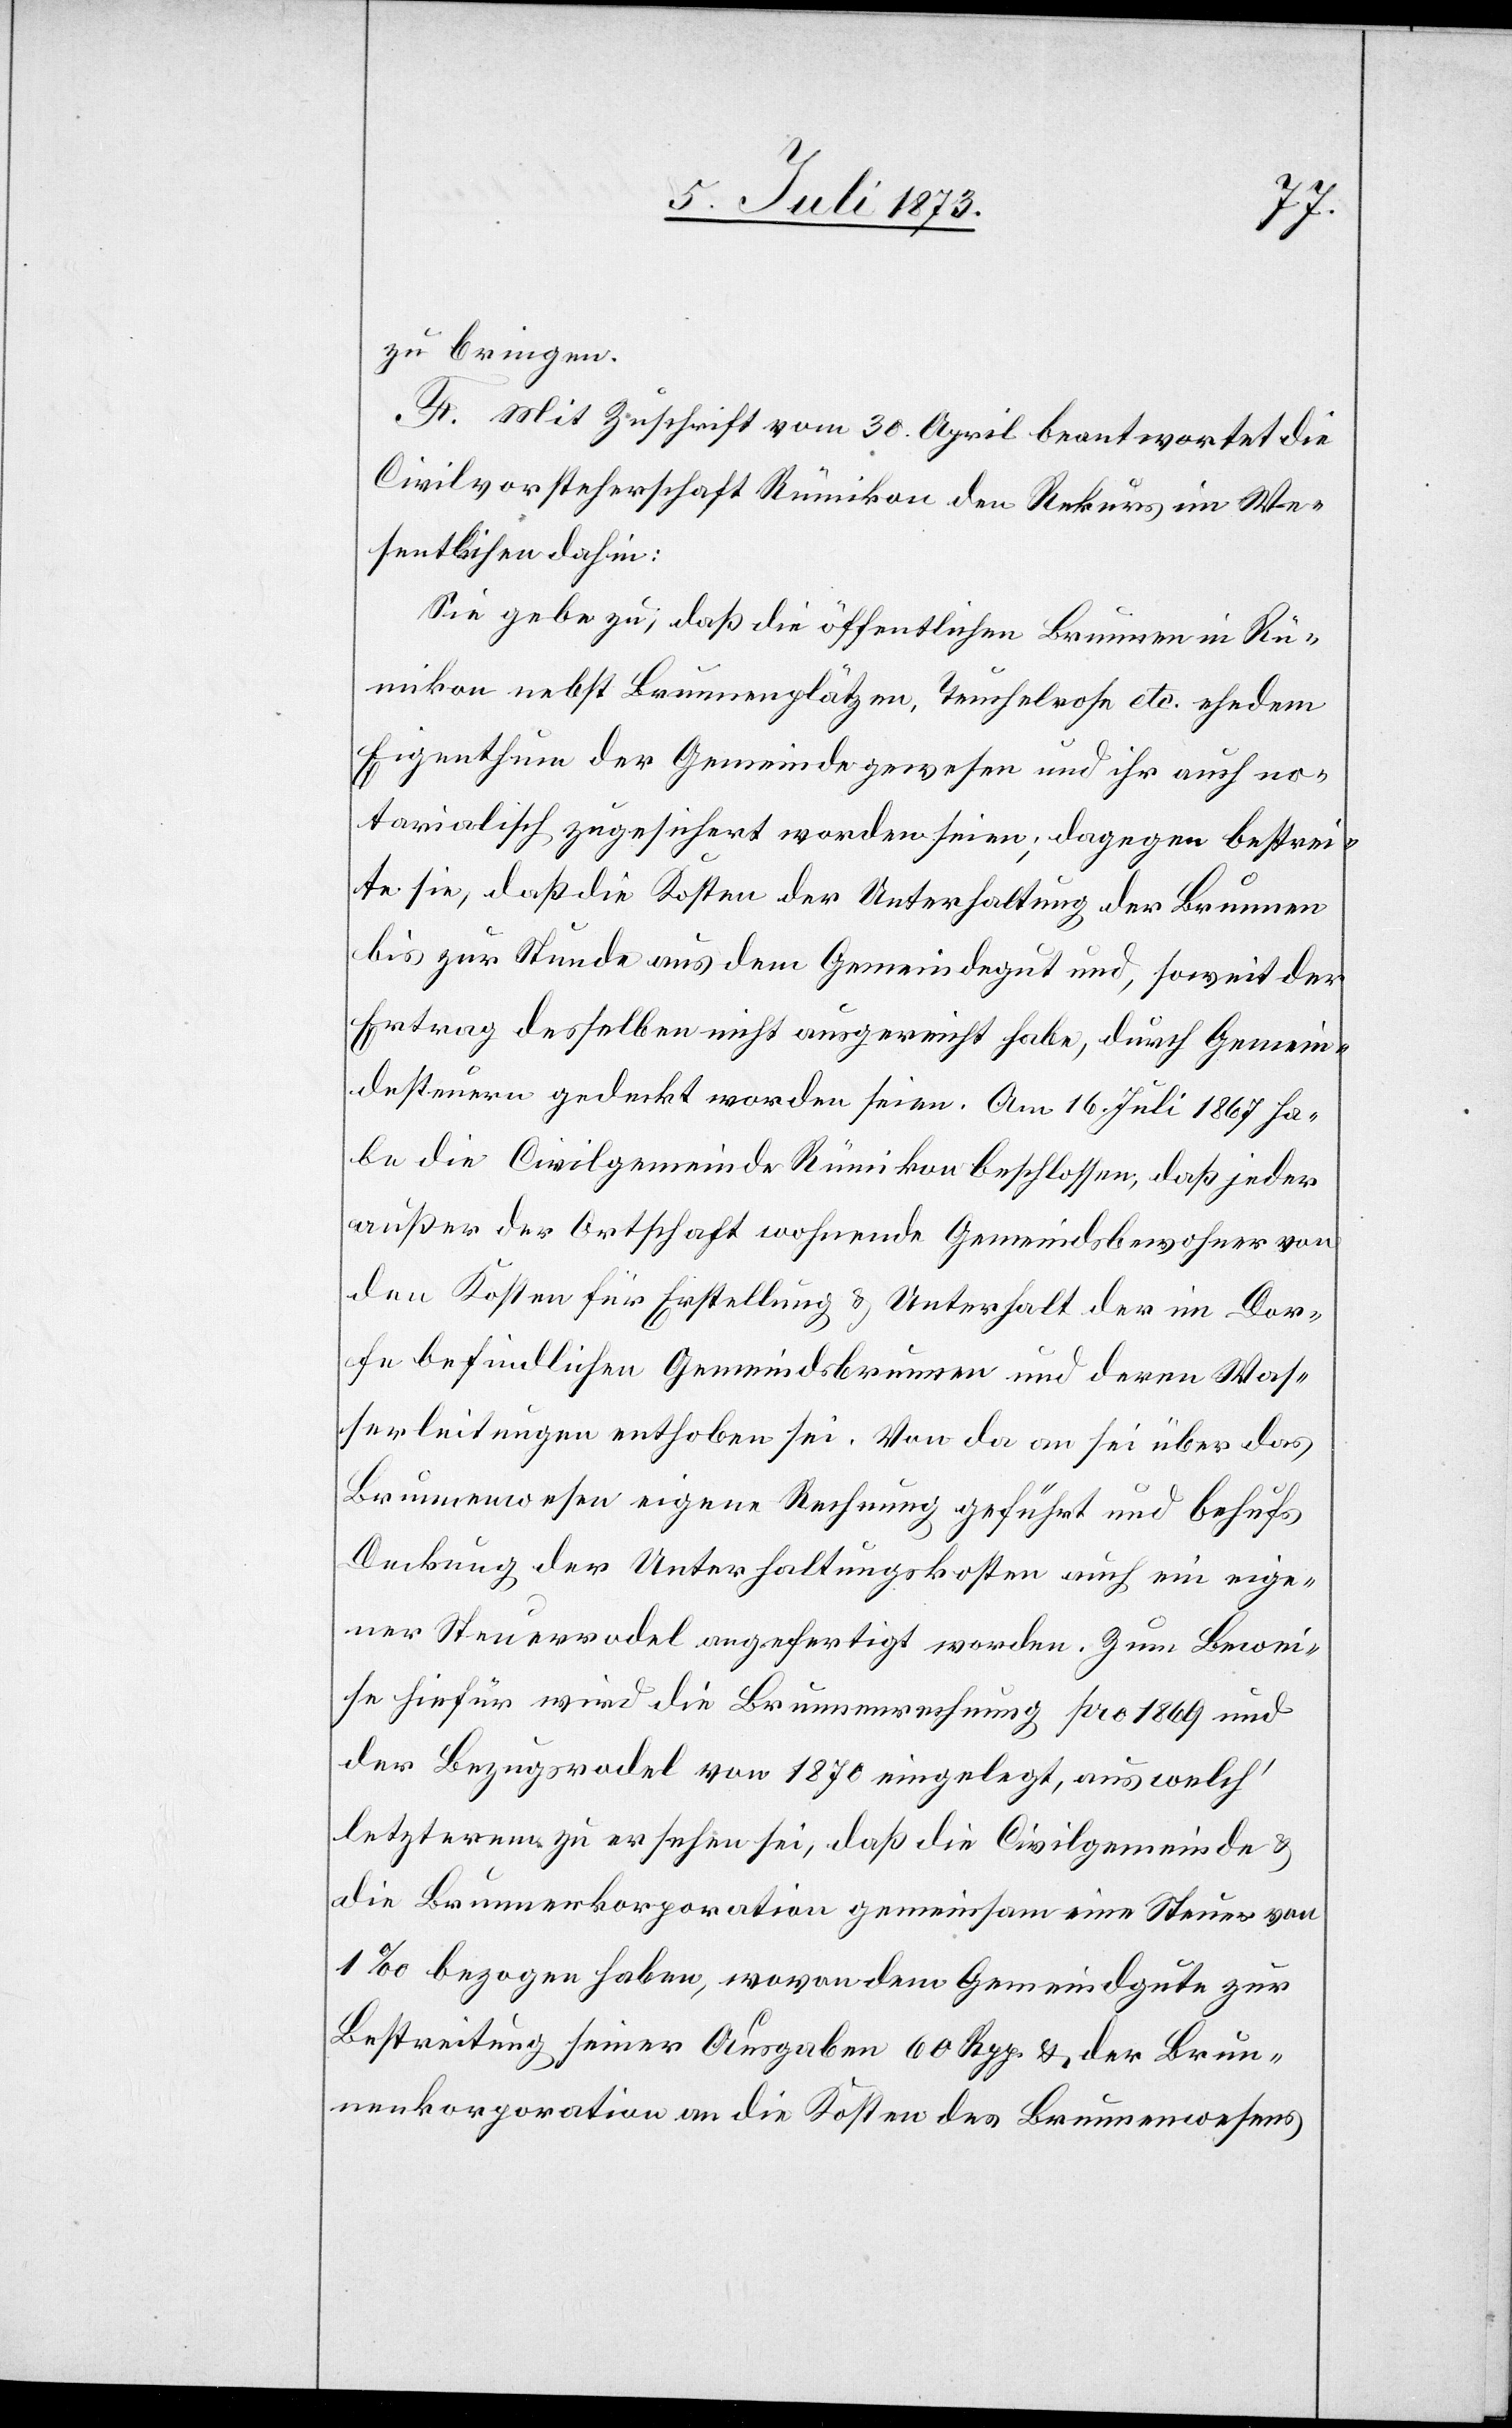
zu bringen.
F. Mit Zuschrift vom 30. April beantwortet die
Civilvorsteherschaft Rümikon den Rekurs im We¬
sentlichen dahin:
Sie gebe zu, daß die öffentlichen Brunnen in Rü¬
mikon nebst Brunnenplätzen, Teuchelrose etc. ehedem
Eigenthum der Gemeinde gewesen und ihr auch no¬
tarialisch zugesichert worden seien; dagegen bestrei¬
te sie, daß die Kosten der Unterhaltung der Brunnen
bis zur Stunde aus dem Gemeindegut und, soweit der
Ertrag desselben nicht ausgereicht habe, durch Gemein¬
desteuern gedeckt worden seien. Am 16. Juli 1867 ha¬
be die Civilgemeinde Rümikon beschlossen, daß jeder
außer der Ortschaft wohnende Gemeindsbewohner von
den Kosten für Erstellung & Unterhalt der im Dor¬
fe befindlichen Gemeindsbrunnen und deren Was¬
serleitungen enthoben sei. Von da an sei über das
Brunnenwesen eigene Rechnung geführt und behufs
Deckung der Unterhaltungskosten auch ein eige¬
ner Steuerrodel angefertigt worden. Zum Bewei¬
se hiefür wird die Brunnenrechnung pro 1869 und
der Bezugsrodel von 1870 eingelegt, aus welch’
letzterem zu ersehen sei, daß die Civilgemeinde &
die Brunnenkorporation gemeinsam eine Steuer von
1% bezogen haben, wovon dem Gemeindgute zur
Bestreitung seiner Ausgaben 60 Rpp. & der Brun¬
nenkorporation an die Kosten des Brunnenwesens